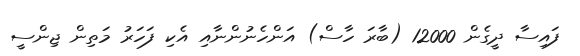
ފައިސާ ދީގެން 12000 (ބާރަ ހާސް) އަންހެނުންނާއި އެކި ފަހަރު މަތިން ޖިންސީ